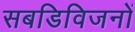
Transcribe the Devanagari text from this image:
सबडिविजनों